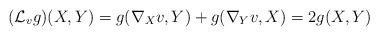
LaTeX: \begin{align*} & ({\mathcal L}_v g)(X,Y)=g(\nabla_X v,Y)+g(\nabla_Y v,X)=2g(X,Y)\end{align*}